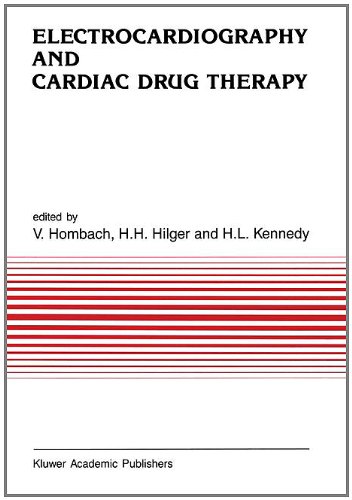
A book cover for Electrocardiography and Cardiac Drug Therapy (Developments in Cardiovascular Medicine); Medical Books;